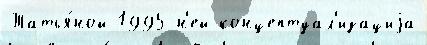
Татья́ной 1995 н'ей концептуал'изациjа